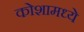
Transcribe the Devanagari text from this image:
कोशामध्ये